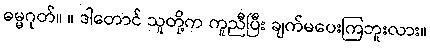
ဓမ္မဂုတ်။ ။ ဒါတောင် သူတို့က ကူညီပြီး ချက်မပေးကြဘူးလား။